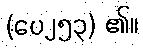
(ပေ၂၅၃) ၏။